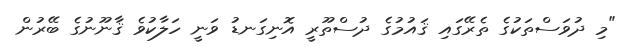
"މި ދުވަސްތަކުގެ ތެރޭގައި ޤައުމުގެ ދުސްތޫރީ އޮނިގަނޑު ވަނީ ހަލާކުވެ ޤާނޫނުގެ ބޭރުން